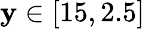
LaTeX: \mathbf{y}\in\left[15,2.5\right]